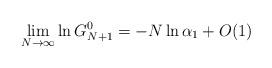
LaTeX: \begin{align*}\lim_{N\rightarrow \infty } \ln G^0_{N+1} =-N\ln \alpha_{1} + O(1)\end{align*}